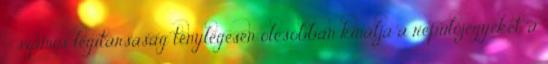
– számos légitársaság ténylegesen olcsóbban kínálja a repülőjegyeket, a